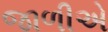
જાળીએ